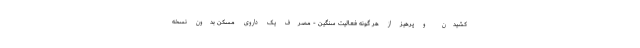
کشیدن و پرهیز از هر گونه فعالیت سنگین - مصرف یک داروی مسکن بدون نسخه